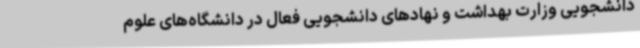
دانشجویی وزارت بهداشت و نهادهای دانشجویی فعال در دانشگاه‌های علوم